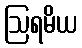
ဩရမိယ